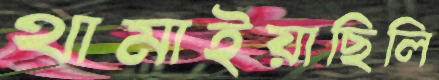
থামাইয়াছিলি